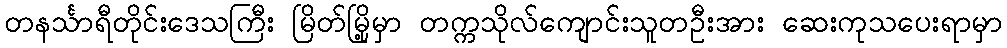
တနင်္သာရီတိုင်းဒေသကြီး မြိတ်မြို့မှာ တက္ကသိုလ်ကျောင်းသူတဦးအား ဆေးကုသပေးရာမှာ